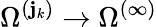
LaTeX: \Omega^{(\mathbf{j}_{k})}\to\Omega^{(\infty)}